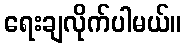
ရေးချလိုက်ပါမယ်။